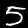
Digit: 5